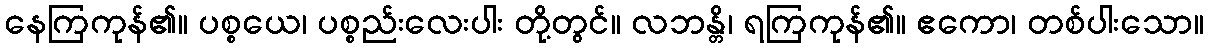
နေကြကုန်၏။ ပစ္စယေ၊ ပစ္စည်းလေးပါး တို့တွင်။ လဘန္တိ၊ ရကြကုန်၏။ ဧကော၊ တစ်ပါးသော။